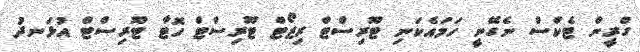
ގްރީން ޓެކްސް ނެގޭނީ ހަމައެކަނި ޓޫރިސްޓް ރިޒޯޓް ޓޫރިސްޓް ހޮޓާ ޓޫރިސްޓް އުޅަނދު